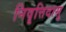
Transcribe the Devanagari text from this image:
निवॄत्तिदासु